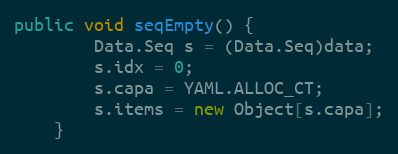
Language: Java
public void seqEmpty() {
        Data.Seq s = (Data.Seq)data;
        s.idx = 0;
        s.capa = YAML.ALLOC_CT;
        s.items = new Object[s.capa];
    }